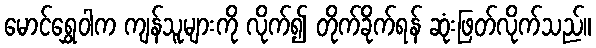
မောင်ရွှေဝါက ကျန်သူများကို လိုက်၍ တိုက်ခိုက်ရန် ဆုံးဖြတ်လိုက်သည်။